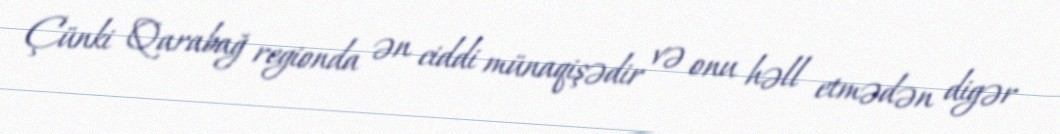
Çünki Qarabağ regionda ən ciddi münaqişədir və onu həll etmədən digər